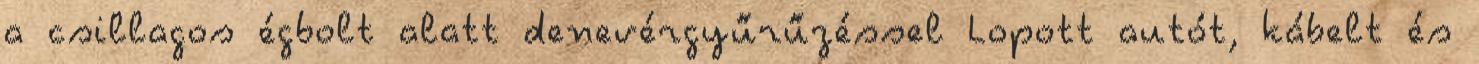
a csillagos égbolt alatt denevérgyűrűzéssel Lopott autót, kábelt és